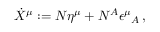
\dot { X } ^ { \mu } : = N \eta ^ { \mu } + N ^ { A } \epsilon ^ { \mu } { } _ { A } \, ,